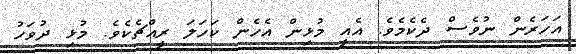
އަހަރެން ނުވެސް ދެކެމެވެ. އެއީ މުޅިން އެހެން ކަހަލަ ރީއްޗެކެެވެ. މުޅި ދުވަހު